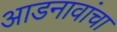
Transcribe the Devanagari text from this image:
आडनावांचा